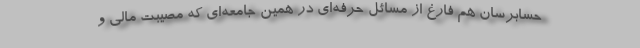
حسابرسان هم فارغ از مسائل حرفه‌ای در همین جامعه‌ای كه مصیبت مالی و